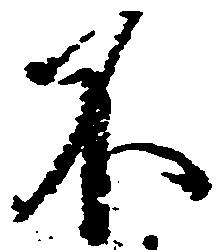
不